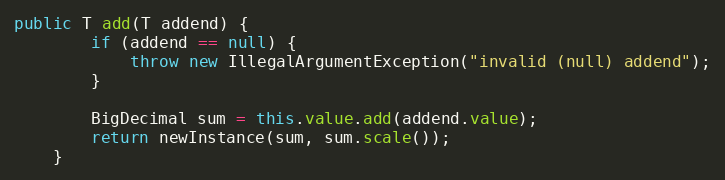
Language: Java
public T add(T addend) {
        if (addend == null) {
            throw new IllegalArgumentException("invalid (null) addend");
        }

        BigDecimal sum = this.value.add(addend.value);
        return newInstance(sum, sum.scale());
    }